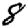
Digit: 8